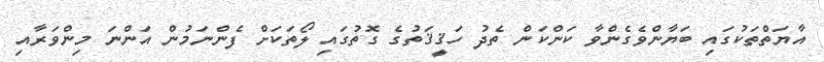
އާޔަތްތަކުގައި ބަޔާންވެގެންވާ ކަންކަން ތެދު ހަޤީޤަތުގެ ގޮތުގައި ލޯތަކަށް ފެންނަމުން އަންނަ މިންވަރާއި